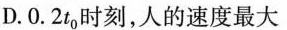
D.0.2t_{0}时刻，人的速度最大